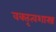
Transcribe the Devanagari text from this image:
वक्‍तृत्वशास्त्र